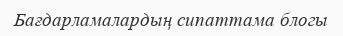
Бағдарламалардың сипаттама блогы